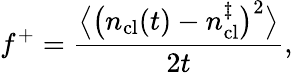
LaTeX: f^{+}=\frac{\big\langle\big(n_{\mathrm{cl}}(t)-n_{\mathrm{cl}}^{\ddagger}\big)^{2}\big\rangle}{2t},